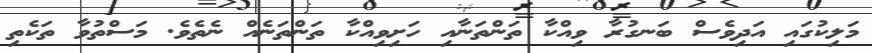
މަލިކުގައި އަދިވެސް ބަނގުރާ ވިއްކާ ތަންތަނާއި ހަށިވިއްކާ ތަންތަނެއް ނެތެވެ. މަސްތުވާ ތަކެތި